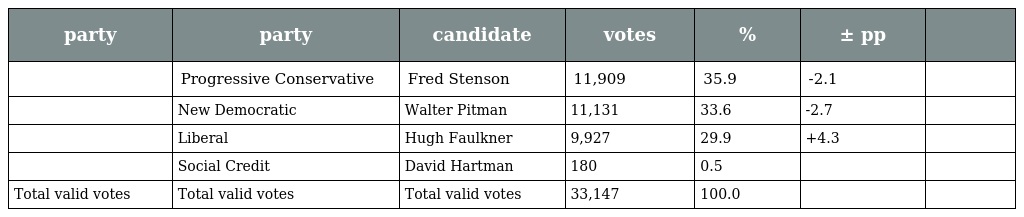
| party | party | candidate | votes | % | ± pp |  |
 | --- | --- | --- | --- | --- | --- | --- |
 |  | Progressive Conservative | Fred Stenson | 11,909 | 35.9 | -2.1 |  |
 |  | New Democratic | Walter Pitman | 11,131 | 33.6 | -2.7 |  |
 |  | Liberal | Hugh Faulkner | 9,927 | 29.9 | +4.3 |  |
 |  | Social Credit | David Hartman | 180 | 0.5 |  |  |
 | Total valid votes | Total valid votes | Total valid votes | 33,147 | 100.0 |  |  |